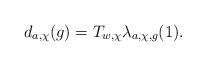
LaTeX: \begin{align*}d_{a,\chi}(g)=T_{w,\chi}\lambda_{a,\chi,g}(1).\end{align*}